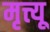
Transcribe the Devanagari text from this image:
मृत्त्यू